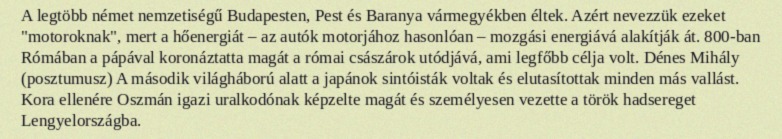
A legtöbb német nemzetiségű Budapesten, Pest és Baranya vármegyékben éltek. Azért nevezzük ezeket "motoroknak", mert a hőenergiát – az autók motorjához hasonlóan – mozgási energiává alakítják át. 800-ban Rómában a pápával koronáztatta magát a római császárok utódjává, ami legfőbb célja volt. Dénes Mihály (posztumusz) A második világháború alatt a japánok sintóisták voltak és elutasítottak minden más vallást. Kora ellenére Oszmán igazi uralkodónak képzelte magát és személyesen vezette a török hadsereget Lengyelországba.